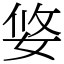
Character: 㛜